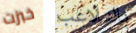
خبزت بالتلاعب